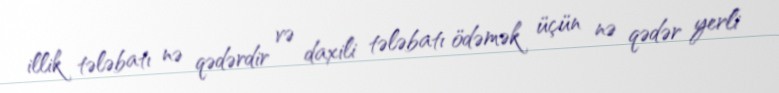
illik tələbatı nə qədərdir və daxili tələbatı ödəmək üçün nə qədər yerli